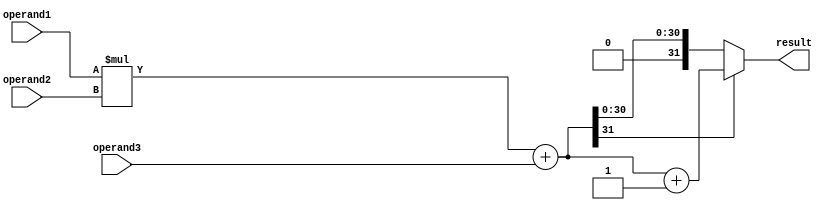
module FMA_unit (
  input wire [31:0] operand1,
  input wire [31:0] operand2,
  input wire [31:0] operand3,
  output reg [31:0] result
);

  reg [31:0] multiply_result;
  reg [31:0] add_result;
  
  always @* begin
    // Perform multiplication
    multiply_result = operand1 * operand2;
    
    // Perform addition
    add_result = multiply_result + operand3;
    
    // Rounding and normalization (assuming simple rounding for example)
    if (add_result[31] == 1) begin
      result = add_result + 1;
    end else begin
      result = add_result;
    end
  end

endmodule